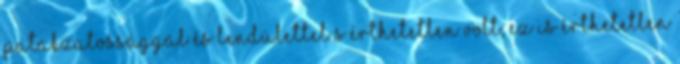
patakzatossággal és lendülettel s érthetetlen volt, ez is érthetetlen